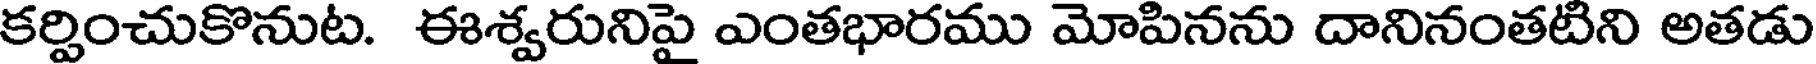
కర్పించుకొనుట. ఈశ్వరునిపై ఎంతభారము మోపినను దానినంతటిని అతడు